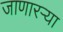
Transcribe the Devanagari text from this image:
जाणारऱ्या